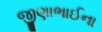
જીણાભાઈના